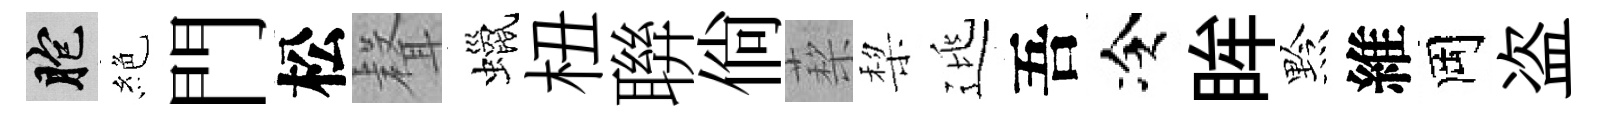
胞絶門松𮋻蠟杻聨倘蔾棃逃吾冷眸黔維岡盗